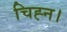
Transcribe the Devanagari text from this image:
चिह्न।